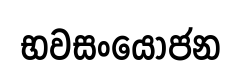
භවසංයෝජන